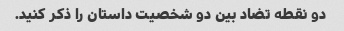
دو نقطه تضاد بین دو شخصیت داستان را ذکر کنید.